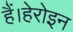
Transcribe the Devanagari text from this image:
हैं।हेरोइन